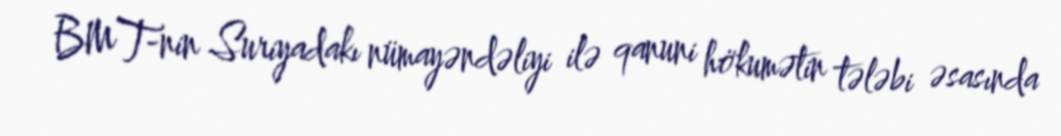
BMT-nin Suriyadakı nümayəndəliyi ilə qanuni hökumətin tələbi əsasında